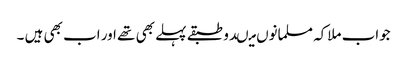
جواب ملاکہ مسلمانوں میںدو طبقے پہلے بھی تھے اور اب بھی ہیں ۔